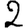
Digit: 2